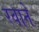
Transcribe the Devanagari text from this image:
रवाने